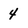
Character: 4